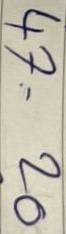
47 = 20